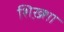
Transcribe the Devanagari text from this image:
शिख़्शा